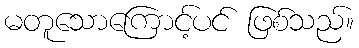
မတူသောကြောင့်ပင် ဖြစ်သည်။